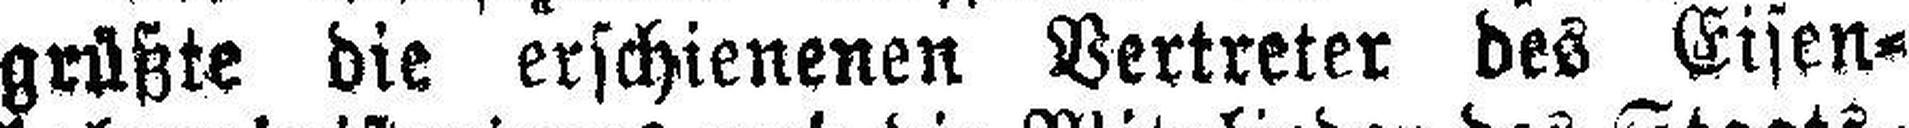
grüßte die erschienenen Vertreter des Eisen¬